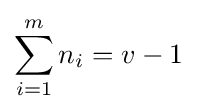
\sum _{i=1}^{m}n_{i}=v-1